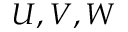
U , V , W